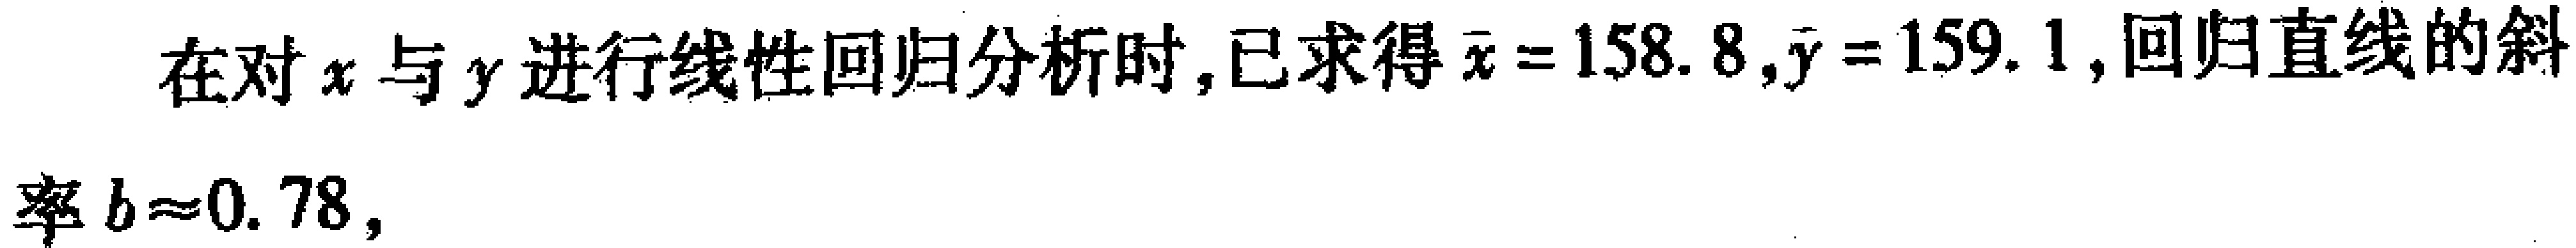
在对\(x\)与\(y\)进行线性回归分析时,已求得\(\bar{x}=158.8,\bar{y}=159.1\),回归直线的斜

率\(b\approx0.78\),